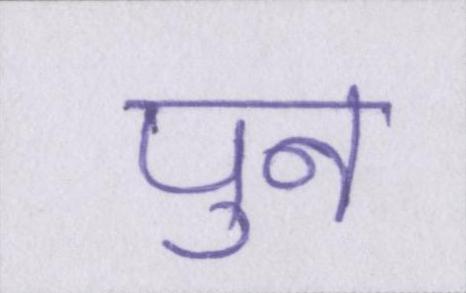
पुन